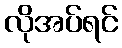
လိုအပ်ရင်